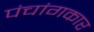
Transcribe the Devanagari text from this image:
पंचांगकार